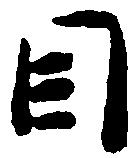
目